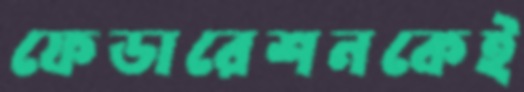
ফেডারেশনকেই